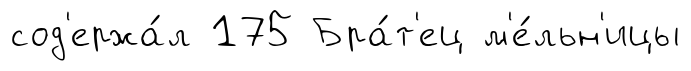
сод'ержа́л 175 Бра́т'ец м'е́льн'ицы